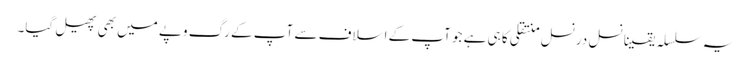
یہ سلسلہ یقینا نسل درنسل منتقلی کا ہی ہے جو آپ کے اسلاف سے آپ کے رگ وپے میں بھی پھیل گیا۔